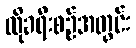
ထိုခရီးစဉ်အတွင်း